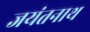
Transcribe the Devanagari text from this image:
जयंतनाथ